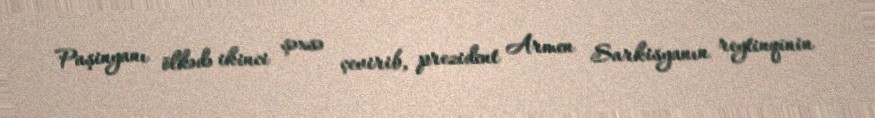
Paşinyanı ölkədə ikinci şəxsə çevirib, prezident Armen Sarkisyanın reytinqinin